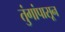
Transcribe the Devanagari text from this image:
तुंगांपासून